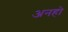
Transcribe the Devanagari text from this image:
अनहो